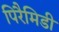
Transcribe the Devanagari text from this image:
पिरैमिडी